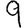
Digit: 9